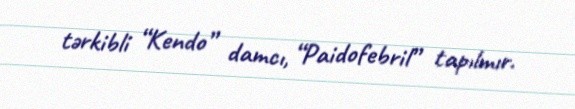
tərkibli “Kendo” damcı, “Paidofebril” tapılmır.